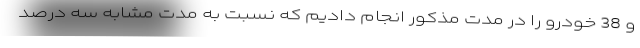
و 38 خودرو را در مدت مذکور انجام دادیم که نسبت به مدت مشابه سه درصد